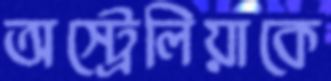
অস্ট্রেলিয়াকে